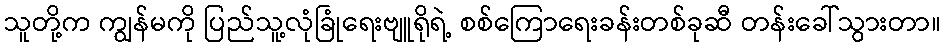
သူတို့က ကျွန်မကို ပြည်သူ့လုံခြုံရေးဗျူရိုရဲ့ စစ်ကြောရေးခန်းတစ်ခုဆီ တန်းခေါ်သွားတာ။